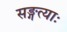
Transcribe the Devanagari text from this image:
सङ्गत्याः